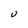
Character: U